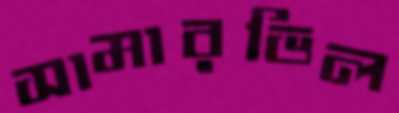
সামারভিল